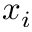
x _ { i }